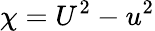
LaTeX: \chi=U^{2}-u^{2}